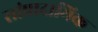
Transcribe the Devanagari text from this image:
सांप्रादायिक